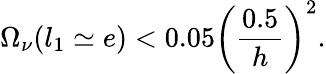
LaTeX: \Omega_{\nu}(l_{1}\simeq e)<0.05\left({\frac{0.5}{h}}\right)^{2}.